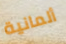
ألمانية